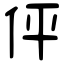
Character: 伻